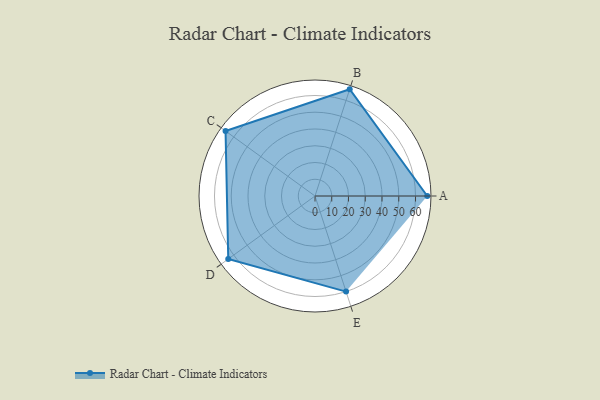
{"axis": {"x": "Skill", "y": "Score"}, "legend": ["Profile"], "data": [{"x": "A", "y": 67.0, "type": "Profile"}, {"x": "B", "y": 67.0, "type": "Profile"}, {"x": "C", "y": 66.0, "type": "Profile"}, {"x": "D", "y": 64.0, "type": "Profile"}, {"x": "E", "y": 60.0, "type": "Profile"}]}